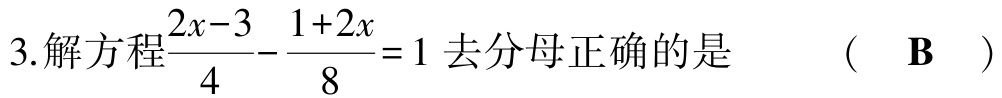
$3.解方程\frac{2x - 3}{4}-\frac{1 + 2x}{8}=1去分母正确的是  (  \mathbf{B}  )$